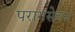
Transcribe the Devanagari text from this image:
परागसेचन